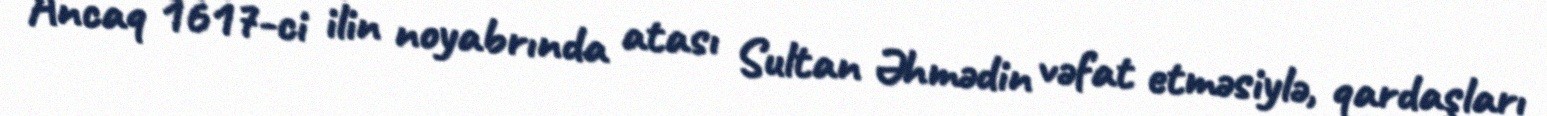
Ancaq 1617-ci ilin noyabrında atası Sultan Əhmədin vəfat etməsiylə, qardaşları